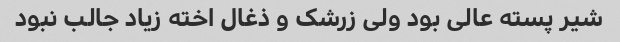
شیر پسته عالی بود ولی زرشک و ذغال اخته زیاد جالب نبود